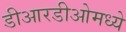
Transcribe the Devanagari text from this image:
डीआरडीओमध्ये